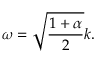
\omega = \sqrt { \frac { 1 + \alpha } { 2 } } k .